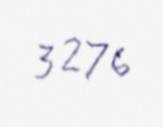
3 276